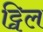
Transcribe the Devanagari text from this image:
ट्विल